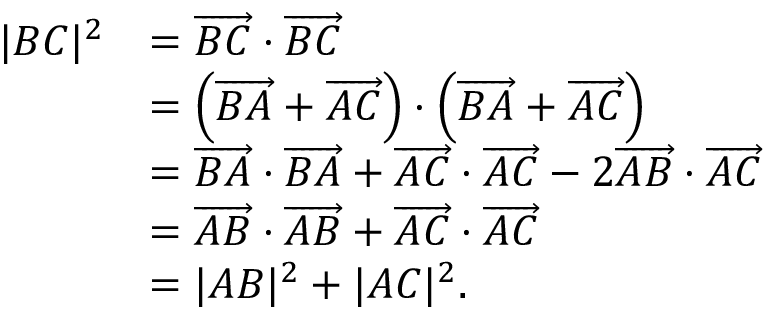
{ \begin{array} { r l } { | B C | ^ { 2 } } & { = { \overrightarrow { B C } } \cdot { \overrightarrow { B C } } } \\ & { = \left( { \overrightarrow { B A } } + { \overrightarrow { A C } } \right) \cdot \left( { \overrightarrow { B A } } + { \overrightarrow { A C } } \right) } \\ & { = { \overrightarrow { B A } } \cdot { \overrightarrow { B A } } + { \overrightarrow { A C } } \cdot { \overrightarrow { A C } } - 2 { \overrightarrow { A B } } \cdot { \overrightarrow { A C } } } \\ & { = { \overrightarrow { A B } } \cdot { \overrightarrow { A B } } + { \overrightarrow { A C } } \cdot { \overrightarrow { A C } } } \\ & { = | A B | ^ { 2 } + | A C | ^ { 2 } . } \end{array} }